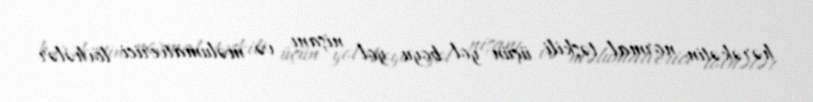
hərəkətin normal təşkili üçün yol boyu yol nişanı və məlumatverici lövhələr